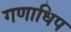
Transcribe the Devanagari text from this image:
गणाधिप